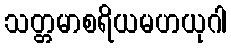
သတ္တမာစရိယမဟယုဂါ